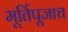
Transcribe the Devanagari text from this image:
मूर्तिपूजाच